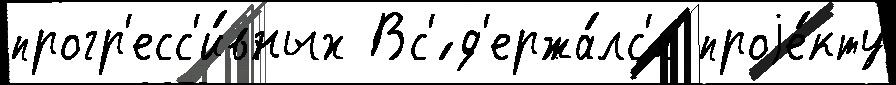
прогр'есс'и́вных Вс'́ д'ержа́лс'я проjе́кту